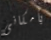
بأمكانى